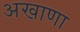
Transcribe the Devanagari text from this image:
अखाणा